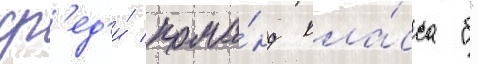
ср'ед'и́ кома́нд кла́сса "б"